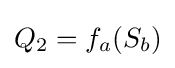
Q_{2}=f_{a}(S_{b})